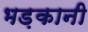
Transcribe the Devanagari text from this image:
भड़कानी